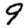
Digit: 9